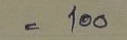
= 100